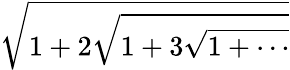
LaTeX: \sqrt{1+2{\sqrt{1+3{\sqrt{1+\cdots}}}}}